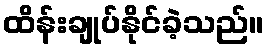
ထိန်းချုပ်နိုင်ခဲ့သည်။